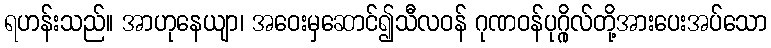
ရဟန်းသည်။ အာဟုနေယျာ၊ အဝေးမှဆောင်၍သီလဝန် ဂုဏဝန်ပုဂ္ဂိုလ်တို့အားပေးအပ်သော